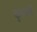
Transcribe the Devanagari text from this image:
कुण्डलीं